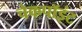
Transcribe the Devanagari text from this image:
चेकपॉइंट